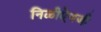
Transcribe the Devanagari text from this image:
निळीऐवजी